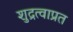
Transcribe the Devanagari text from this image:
शुद्रत्वाप्रत